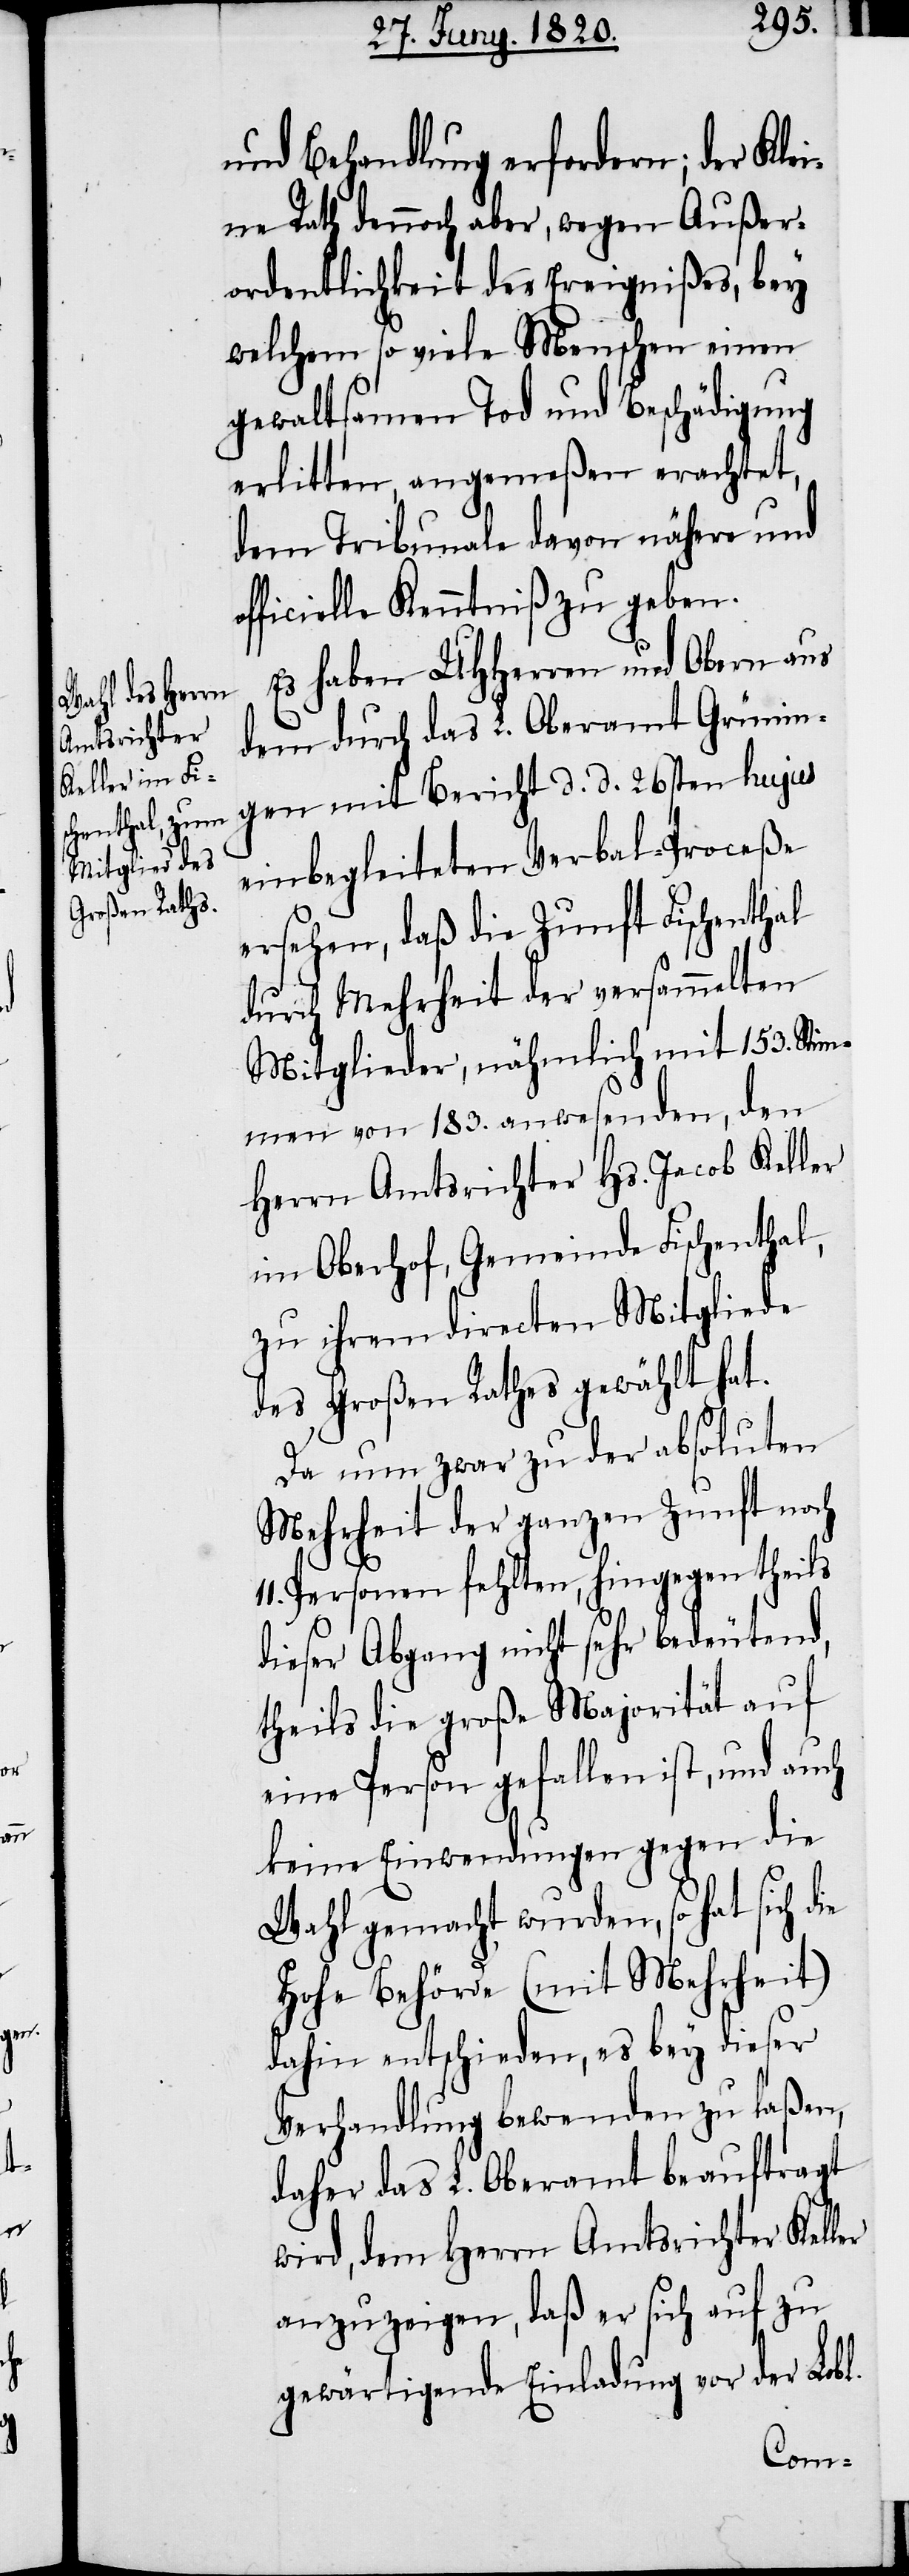
11.

und Behandlung erfordern; der Klei¬
ne Rath dennoch aber, wegen Außer¬
ordentlichkeit des Ereignißes, bey
welchem so viele Menschen einen
gewaltsamen Tod und Beschädigung
erlitten, angemeßen erachtet,
dem Tribunale davon nähere und
officielle Kenntniß zu geben.
Es haben UHHerren und Obern aus
dem durch das L. Oberamt Grünin¬
gen mit Bericht d. d. 26sten hujus
einbegleiteten Verbal-Proceße
ersehen, daß die Zunft Fischenthal
durch Mehrheit der versammelten
Mitglieder, nämlich mit 153. Stim¬
men von 183. Anwesenden, den
Herrn Amtsrichter Hs. Jacob Keller
im Oberhof, Gemeinde Fischenthal,
zu ihrem directen Mitgliede
des Großen Rathes gewählt hat.
Da nun zwar zu der absoluten
Mehrheit der ganzen Zunft noch
Personen fehlten, hingegen theils
dieser Abgang nicht sehr bedeutend,
theils die große Majorität auf
eine Person gefallen ist, und auch
keine Einwendungen gegen die
Wahl gemacht wurden, so hat sich d¬
hohe Behörde (mit Mehrheit)
dahin entschieden, es bey dieser
Verhandlung bewenden zu laßen,
daher das L. Oberamt beauftragt
wird, dem Herrn Amtsrichter Kel¬
anzuzeigen, daß er sich auf zu
gewärtigende Einladung vor der Lobl.

ler